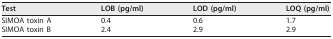
| Test | LOB (pg/ml) | LOD (pg/ml) | LOQ (pg/ml) |
 | --- | --- | --- | --- |
 | SIMOA toxin A | 0.4 | 0.6 | 1.7 |
 | SIMOA toxin B | 2.4 | 2.9 | 2.9 |